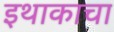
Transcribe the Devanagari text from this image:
इथाकाचा